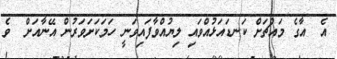
އެ  އާގެ މައްޗަށް ކަނޑައަޅުއްވައި ލިޔުއްވާފައިވަނީ ހަމަކަށަވަރުން އޭނާއަށް  ވެ